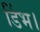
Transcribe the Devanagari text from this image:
डिंभ।